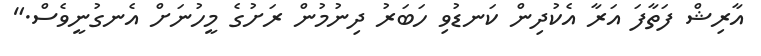
އާރިޝް ފަތާފަ އަރާ އެކުދިން ކަނޑުވި ހަބަރު ދިނުމުން ރަށުގެ މީހުނަށް އެނގުނީވެސް."